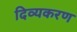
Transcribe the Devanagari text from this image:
दिव्यकरण